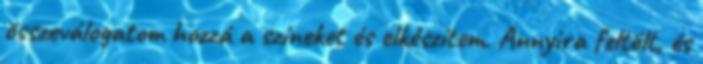
összeválogatom hozzá a színeket és elkészítem. Annyira feltölt, és